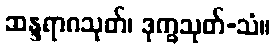
ဆန္ဒရာဂသုတ်၊ ဒုက္ခသုတ်-သံ။